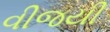
વીજયી